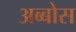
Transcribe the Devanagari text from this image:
अब्बोस